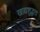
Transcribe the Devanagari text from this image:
खाद्यशुद्धता